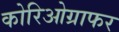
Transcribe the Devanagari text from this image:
कोरिओग्राफर